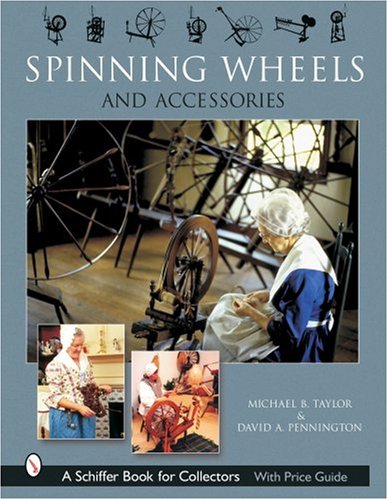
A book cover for Spinning Wheels & Accessories (Schiffer Book for Collectors); Michael B. Taylor; Crafts, Hobbies & Home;